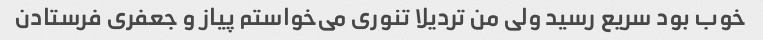
خوب بود سریع رسید ولی من تردیلا تنوری می‌خواستم پیاز و جعفری فرستادن